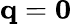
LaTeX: {\mathbf q}={\mathbf 0}